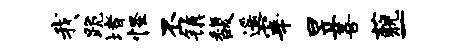
我跪堵怪丕镇馥遥宰昱善藐一